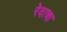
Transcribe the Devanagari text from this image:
रेवाचा